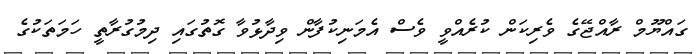
ގައްޔޫމް ރާއްޖޭގެ ވެރިކަން ކުރެއްވީ ވެސް އެމަނިކުފާން ވިދާޅުވާ ގޮތުގައި ދިމުގުރާތީ ހަމަތަކުގެ